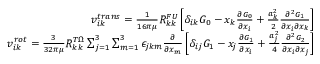
\begin{array} { r } { v _ { i k } ^ { t r a n s } = \frac { 1 } { 1 6 \pi \mu } R _ { k k } ^ { F U } \left[ \delta _ { i k } G _ { 0 } - x _ { k } \frac { \partial G _ { 0 } } { \partial x _ { i } } + \frac { a _ { k } ^ { 2 } } { 2 } \frac { \partial ^ { 2 } G _ { 1 } } { \partial x _ { i } \partial x _ { k } } \right] } \\ { v _ { i k } ^ { r o t } = \frac { 3 } { 3 2 \pi \mu } R _ { k k } ^ { T \Omega } \sum _ { j = 1 } ^ { 3 } \sum _ { m = 1 } ^ { 3 } \epsilon _ { j k m } \frac { \partial } { \partial x _ { m } } \left[ \delta _ { i j } G _ { 1 } - x _ { j } \frac { \partial G _ { 1 } } { \partial x _ { i } } + \frac { a _ { j } ^ { 2 } } { 4 } \frac { \partial ^ { 2 } G _ { 2 } } { \partial x _ { i } \partial x _ { j } } \right] } \end{array}